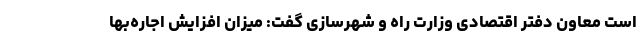
است معاون دفتر اقتصادی وزارت راه و شهرسازی گفت: میزان افزایش اجاره‌بها